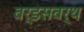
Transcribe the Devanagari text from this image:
वर्डसवर्थ